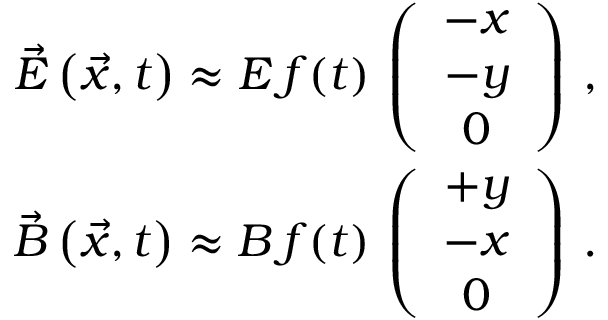
\begin{array} { r l r } & { } & { \vec { E } \left( \vec { x } , t \right) \approx E \, f ( t ) \, \left( \begin{array} { c } { - x } \\ { - y } \\ { 0 } \end{array} \right) \, , } \\ & { } & { \vec { B } \left( \vec { x } , t \right) \approx B \, f ( t ) \, \left( \begin{array} { c } { + y } \\ { - x } \\ { 0 } \end{array} \right) \, . } \end{array}